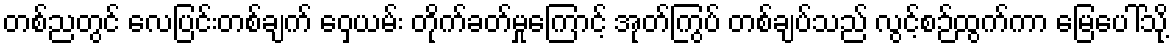
တစ်ညတွင် လေပြင်းတစ်ချက် ဝှေ့ယမ်း တိုက်ခတ်မှုကြောင့် အုတ်ကြွပ် တစ်ချပ်သည် လွင့်စဉ်ထွက်ကာ မြေပေါ်သို့